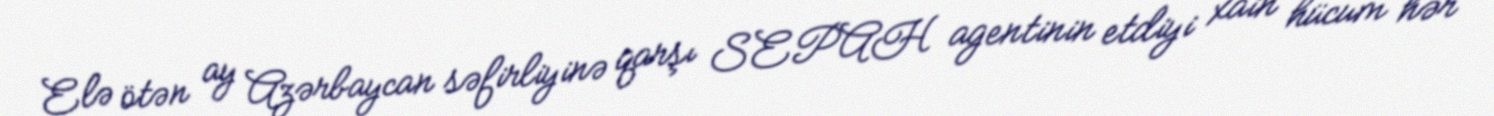
Elə ötən ay Azərbaycan səfirliyinə qarşı SEPAH agentinin etdiyi xain hücum hər